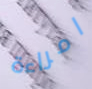
امراءة